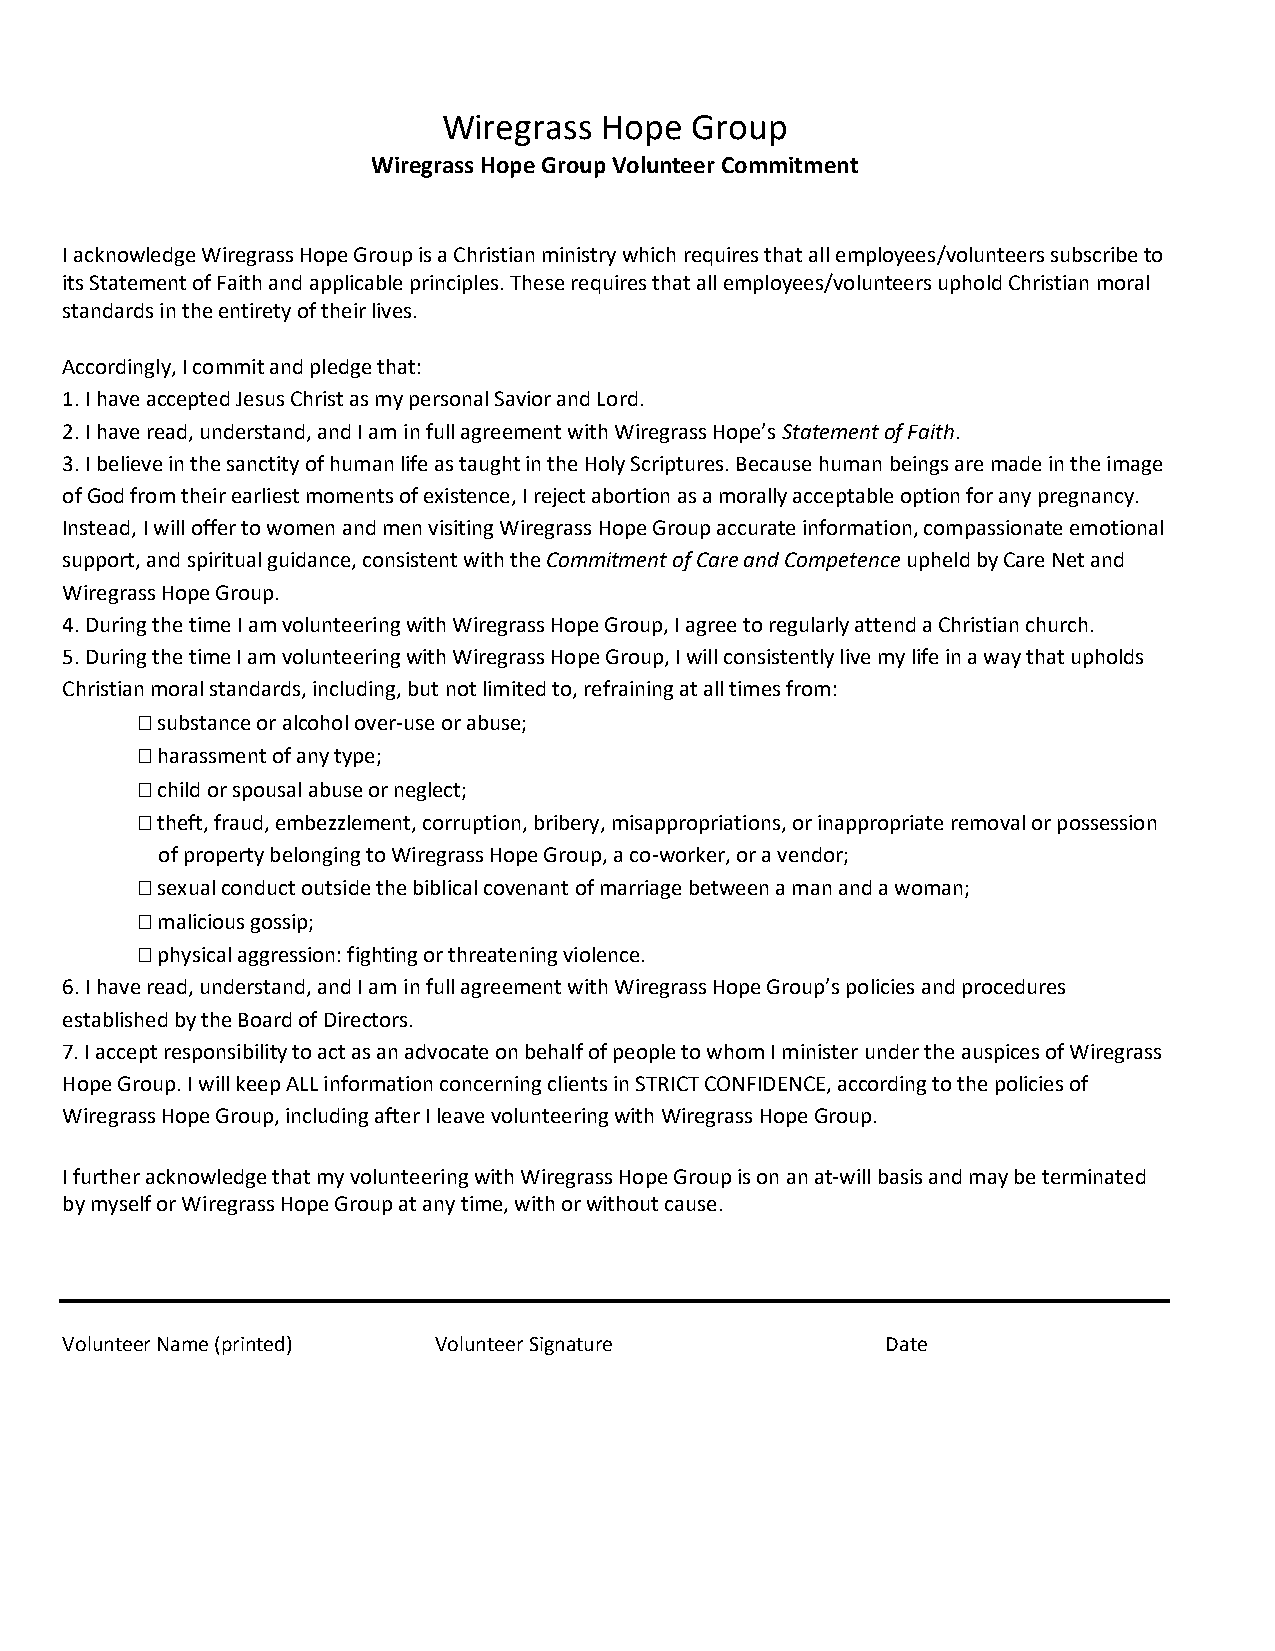
Wiregrass  Hope  Group
 Wiregrass Hope Group Volunteer Commitment
 I acknowledge Wiregrass Hope Group is a Christian ministry which requires that all employees/volunteers subscribe to
 its Statement of Faith and applicable principles. These requires that all employees/volunteers uphold Christian moral
 standards in the entirety of their lives.
 Accordingly, I commit and pledge that:
 1. I have accepted Jesus Christ as my personal Savior and Lord.
 2. I have read, understand, and I am in full agreement with Wiregrass Hope’s Statement of Faith.
 3. I believe in the sanctity of human life as taught in the Holy Scriptures. Because human beings are made in the image
 of God from their earliest moments of existence, I reject abortion as a morally acceptable option for any pregnancy.
 Instead, I will offer to women and men visiting Wiregrass Hope Group accurate information, compassionate emotional
 support, and spiritual guidance, consistent with the Commitment of Care and Competence upheld by Care Net and
 Wiregrass Hope Group.
 4. During the time I am volunteering with Wiregrass Hope Group, I agree to regularly attend a Christian church.
 5. During the time I am volunteering with Wiregrass Hope Group, I will consistently live my life in a way that upholds
 Christian moral standards, including, but not limited to, refraining at all times from:
  substance or alcohol over-use or abuse;
  harassment of any type;
  child or spousal abuse or neglect;
  theft, fraud, embezzlement, corruption, bribery, misappropriations, or inappropriate removal or possession
 of property belonging to Wiregrass Hope Group, a co-worker, or a vendor;
  sexual conduct outside the biblical covenant of marriage between a man and a woman;
  malicious gossip;
  physical aggression: fighting or threatening violence.
 6. I have read, understand, and I am in full agreement with Wiregrass Hope Group’s policies and procedures
 established by the Board of Directors.
 7. I accept responsibility to act as an advocate on behalf of people to whom I minister under the auspices of Wiregrass
 Hope Group. I will keep ALL information concerning clients in STRICT CONFIDENCE, according to the policies of
 Wiregrass Hope Group, including after I leave volunteering with Wiregrass Hope Group.
 I further acknowledge that my volunteering with Wiregrass Hope Group is on an at-will basis and may be terminated
 by myself or Wiregrass Hope Group at any time, with or without cause.
 Volunteer Name (printed) Volunteer Signature           Date